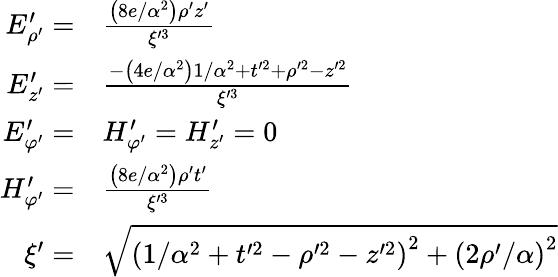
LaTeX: {\begin{array}{rl}{E_{\rho^{\prime}}^{\prime}=}&{{\frac{\left(8e/\alpha^{2}\right)\rho^{\prime}z^{\prime}}{\xi^{\prime 3}}}}\\ {E_{z^{\prime}}^{\prime}=}&{{\frac{-\left(4e/\alpha^{2}\right)1/\alpha^{2}+t^{\prime 2}+\rho^{\prime 2}-z^{\prime 2}}{\xi^{\prime 3}}}}\\ {E_{\varphi^{\prime}}^{\prime}=}&{H_{\varphi^{\prime}}^{\prime}=H_{z^{\prime}}^{\prime}=0}\\ {H_{\varphi^{\prime}}^{\prime}=}&{{\frac{\left(8e/\alpha^{2}\right)\rho^{\prime}t^{\prime}}{\xi^{\prime 3}}}}\\ {\xi^{\prime}=}&{{\sqrt{\left(1/\alpha^{2}+t^{\prime 2}-\rho^{\prime 2}-z^{\prime 2}\right)^{2}+\left(2\rho^{\prime}/\alpha\right)^{2}}}}\end{array}}